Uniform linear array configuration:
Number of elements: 12
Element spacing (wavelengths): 0.5
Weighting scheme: hann
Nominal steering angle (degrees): -60
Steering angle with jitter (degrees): -59.62
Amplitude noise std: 0.05
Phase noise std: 0.05

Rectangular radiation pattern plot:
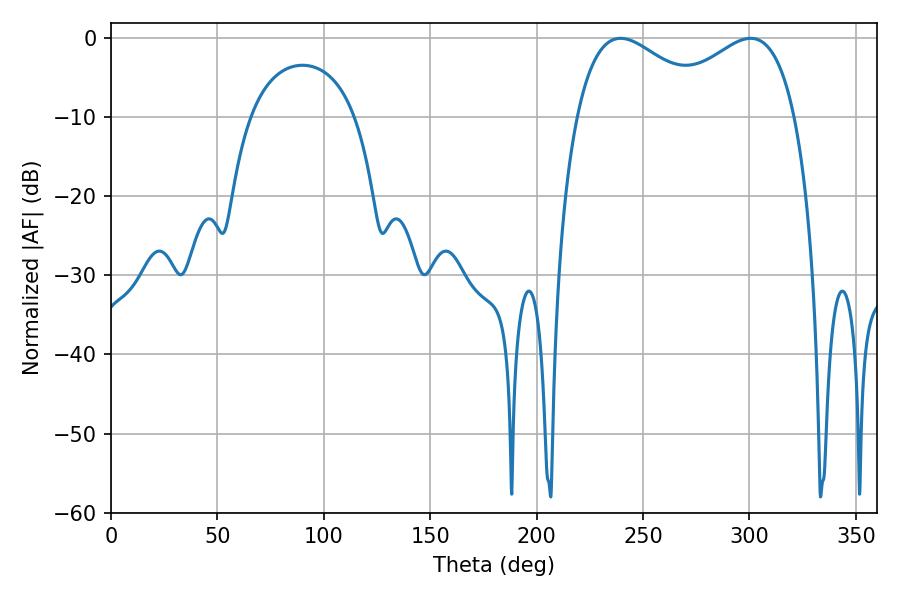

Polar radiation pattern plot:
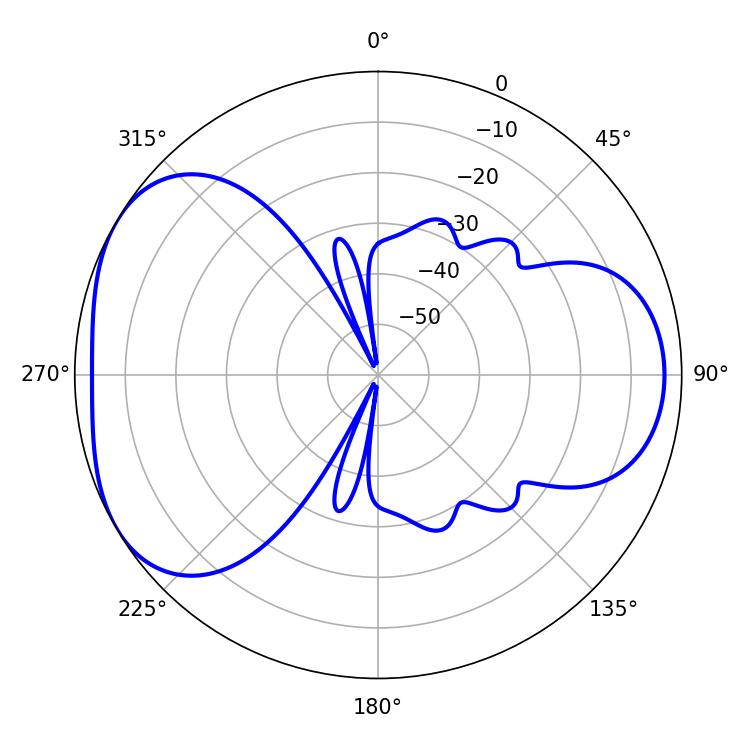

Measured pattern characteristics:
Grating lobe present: FALSE
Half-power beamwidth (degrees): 35.64
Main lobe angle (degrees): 239.4